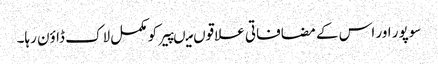
سوپور اور اس کے مضافاتی علاقوں میںپیر کو مکمل لاک ڈاؤن رہا۔